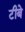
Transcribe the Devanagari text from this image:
टीबे